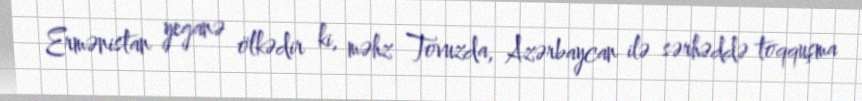
Ermənistan yeganə ölkədir ki, məhz Tovuzda, Azərbaycan ilə sərhəddə toqquşma